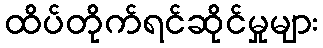
ထိပ်တိုက်ရင်ဆိုင်မှုများ